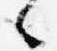
々